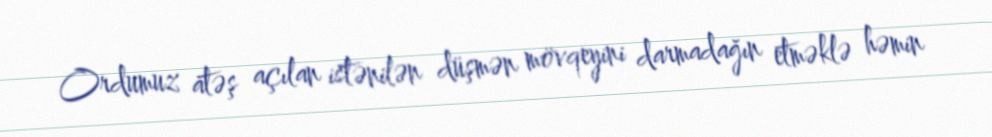
Ordumuz atəş açılan istənilən düşmən mövqeyini darmadağın etməklə həmin